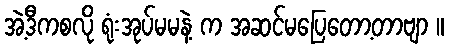
အဲ့ဒီကစလို ရုံးအုပ်မမနဲ့ က အဆင်မပြေတော့တာဗျာ ။